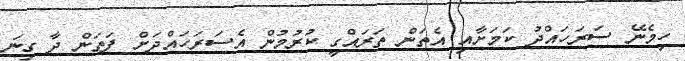
ހިމެނޭ ސަރަހައްދު ކަމަށާއި އެތަން ތަރައްގީ ކުރުމުން އެސަރަހައްދަށް ފަތަން ދާ ގިނަ